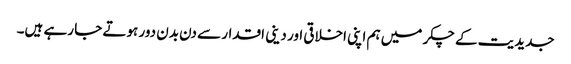
جدیدیت کے چکر میں ہم اپنی اخلاقی اور دینی اقدار سے دن بدن دور ہوتے جا رہے ہیں۔